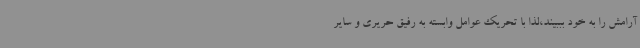
آرامش را به خود بببیند،لذا با تحریک عوامل وابسته به رفیق حریری و سایر